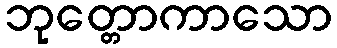
ဘုတ္တောကာသော